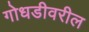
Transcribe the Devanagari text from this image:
गोधडीवरील